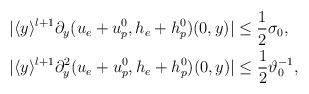
LaTeX: \begin{align*}\begin{aligned}&| \langle y\rangle^{l+1}\partial_y (u_e+u^0_p,h_e+h^0_p)(0,y)| \leq \frac{1}{2}\sigma_0,\\&| \langle y\rangle^{l+1}\partial_y^2 (u_e+u^0_p,h_e+h^0_p)(0,y)| \leq \frac{1}{2}\vartheta_0^{-1},\end{aligned}\end{align*}